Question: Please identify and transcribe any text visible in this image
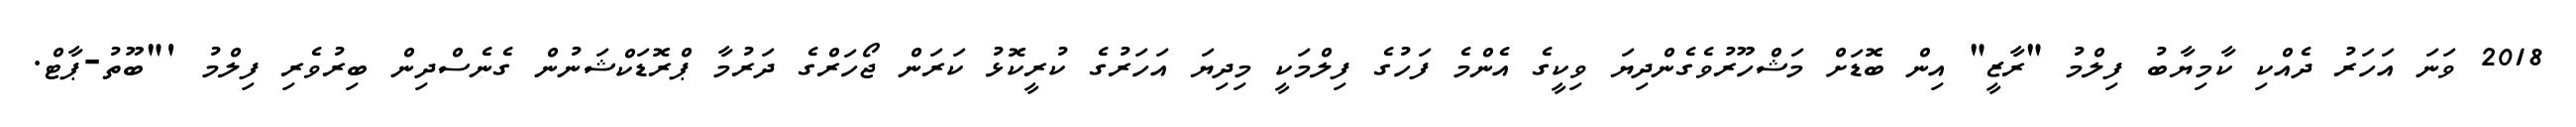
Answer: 2018 ވަނަ އަހަރު ދެއްކި ކާމިޔާބު ފިލްމު "ރާޒީ" އިން ބޮޑަށް މަޝްހޫރުވެގެންދިޔަ ވިކީގެ އެންމެ ފަހުގެ ފިލްމަކީ މިދިޔަ އަހަރުގެ ކުރީކޮޅު ކަރަން ޖޯހަރްގެ ދަރުމާ ޕްރޮޑަކްޝަނުން ގެނެސްދިން ބިރުވެރި ފިލްމު '"ބޫތު-ޕާޓް.